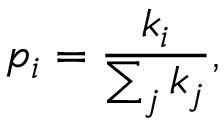
p _ { i } = { \frac { k _ { i } } { \sum _ { j } k _ { j } } } ,